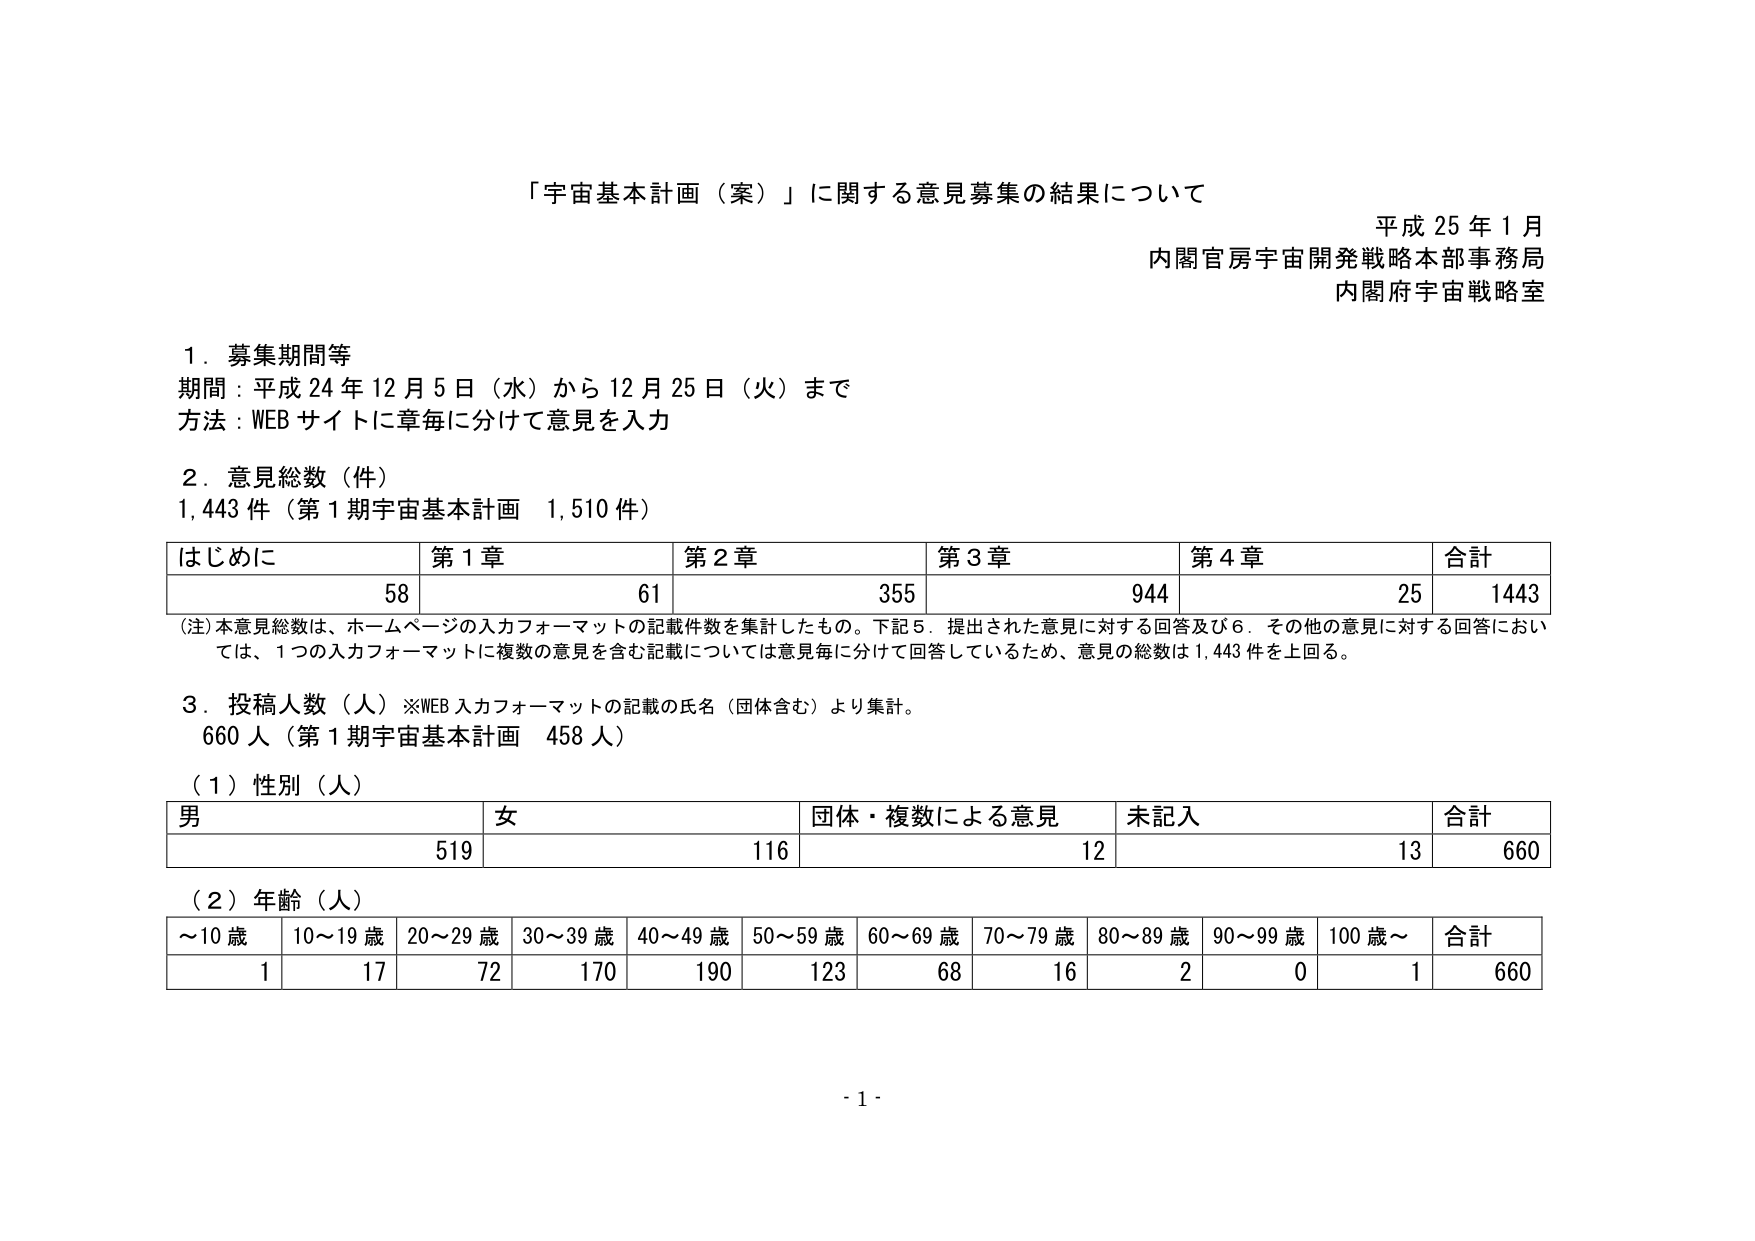
「宇宙基本計画（案）」に関する意見募集の結果について
平成25年1月
内閣官房宇宙開発戦略本部事務局
内閣府宇宙戦略室

1．募集期間等
期間：平成24年12月5日（水）から12月25日（火）まで
方法：WEBサイトに章毎に分けて意見を入力

2．意見総数（件）
1,443件（第1期宇宙基本計画 1,510件）

はじめに 第1章 第2章 第3章 第4章 合計
58 61 355 944 25 1443

（注）本意見総数は、ホームページの入力フォーマットの記載件数を集計したもの。下記5．提出された意見に対する回答及び6．その他の意見に対する回答においては、1つの入力フォーマットに複数の意見を含む記載については意見毎に分けて回答しているため、意見の総数は1,443件を上回る。

3．投稿人数（人）※WEB入力フォーマットの記載の氏名（団体含む）より集計。
660人（第1期宇宙基本計画 458人）

（1）性別（人）
男 女 団体・複数による意見 未記入 合計
519 116 12 13 660

（2）年齢（人）
～10歳 10～19歳 20～29歳 30～39歳 40～49歳 50～59歳 60～69歳 70～79歳 80～89歳 90～99歳 100歳～ 合計
1 17 72 170 190 123 68 16 2 0 1 660

- 1 -